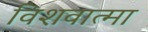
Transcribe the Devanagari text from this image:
विशवात्मा